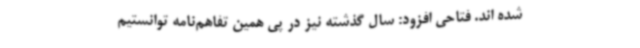
شده اند. فتاحی افزود: سال گذشته نیز در پی همین تفاهم‌نامه توانستیم